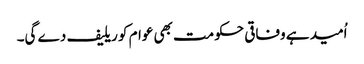
اُمید ہے وفاقی حکومت بھی عوام کو ریلیف دے گی۔